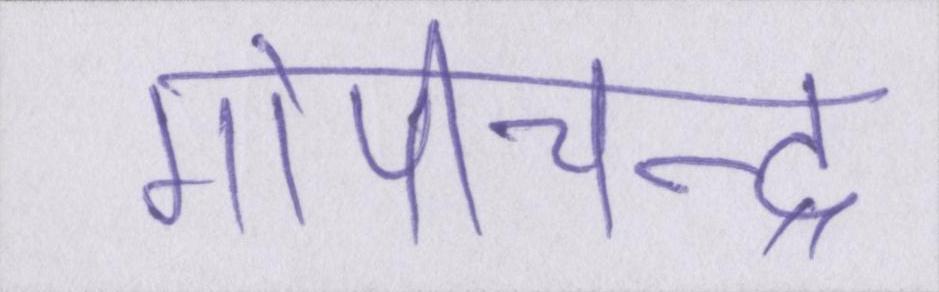
गोपीचन्द्र